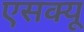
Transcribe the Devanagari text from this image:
एसक्यू